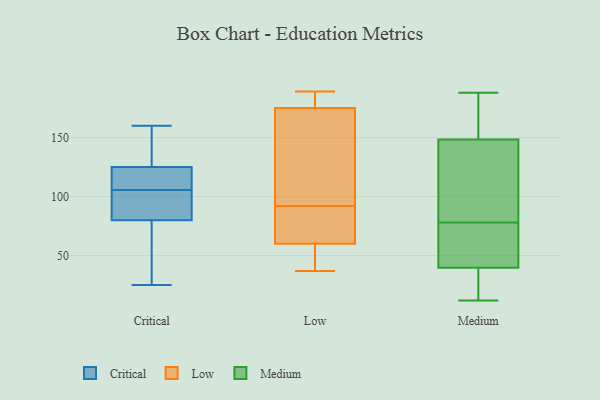
{"axis": {"x": "Satisfaction Score", "y": "Value"}, "legend": ["Critical", "Low", "Medium"], "data": [{"x": "", "y": 25, "type": "Critical"}, {"x": "", "y": 125, "type": "Critical"}, {"x": "", "y": 80, "type": "Critical"}, {"x": "", "y": 160, "type": "Critical"}, {"x": "", "y": 117, "type": "Critical"}, {"x": "", "y": 98, "type": "Critical"}, {"x": "", "y": 89, "type": "Critical"}, {"x": "", "y": 113, "type": "Critical"}, {"x": "", "y": 68, "type": "Critical"}, {"x": "", "y": 146, "type": "Critical"}, {"x": "", "y": 60, "type": "Low"}, {"x": "", "y": 37, "type": "Low"}, {"x": "", "y": 86, "type": "Low"}, {"x": "", "y": 189, "type": "Low"}, {"x": "", "y": 98, "type": "Low"}, {"x": "", "y": 184, "type": "Low"}, {"x": "", "y": 41, "type": "Low"}, {"x": "", "y": 175, "type": "Low"}, {"x": "", "y": 86, "type": "Low"}, {"x": "", "y": 119, "type": "Low"}, {"x": "", "y": 56, "type": "Medium"}, {"x": "", "y": 78, "type": "Medium"}, {"x": "", "y": 41, "type": "Medium"}, {"x": "", "y": 75, "type": "Medium"}, {"x": "", "y": 170, "type": "Medium"}, {"x": "", "y": 124, "type": "Medium"}, {"x": "", "y": 28, "type": "Medium"}, {"x": "", "y": 148, "type": "Medium"}, {"x": "", "y": 68, "type": "Medium"}, {"x": "", "y": 116, "type": "Medium"}, {"x": "", "y": 150, "type": "Medium"}, {"x": "", "y": 169, "type": "Medium"}, {"x": "", "y": 24, "type": "Medium"}, {"x": "", "y": 188, "type": "Medium"}, {"x": "", "y": 36, "type": "Medium"}, {"x": "", "y": 12, "type": "Medium"}, {"x": "", "y": 96, "type": "Medium"}]}